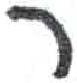
אות: ר